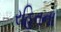
રહિતના